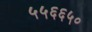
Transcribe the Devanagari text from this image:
५५६६५०